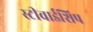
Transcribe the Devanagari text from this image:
स्टीवार्डशिप